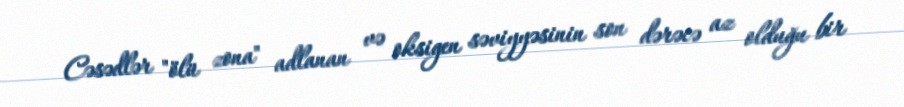
Cəsədlər "ölü zona" adlanan və oksigen səviyyəsinin son dərəcə az olduğu bir